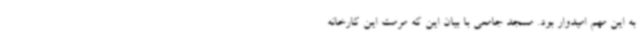
به این مهم امیدوار بود. مسجد جامعی با بیان این که مرمت این کارخانه